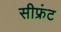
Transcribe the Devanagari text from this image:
सीफ्रंट